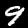
Digit: 9